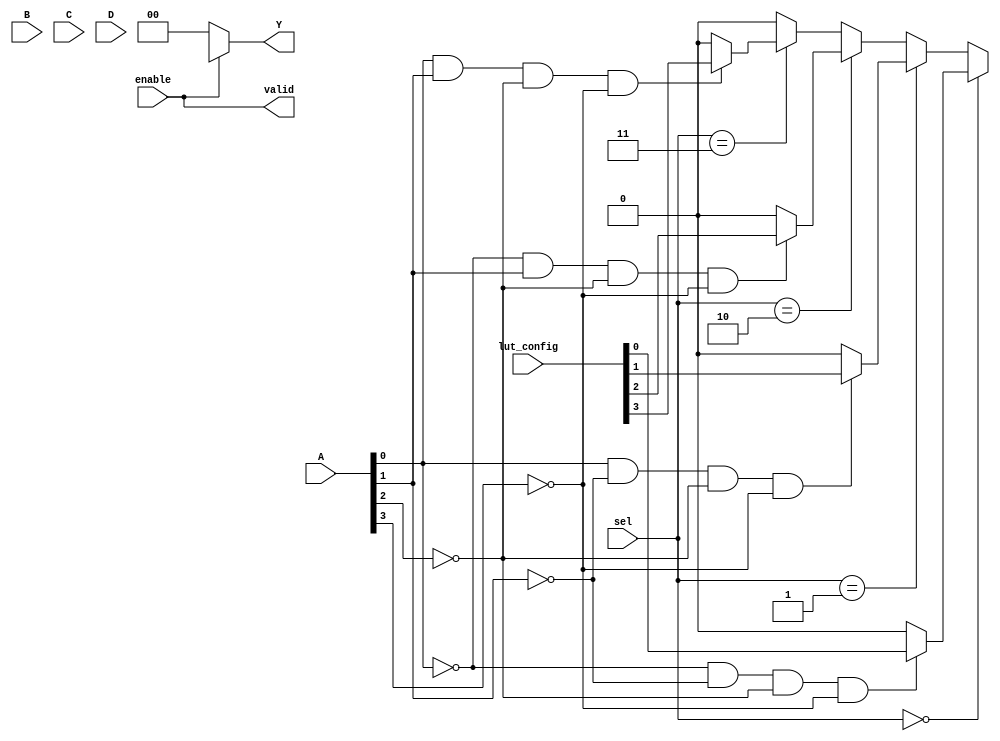
module CLB (
    input wire [3:0] A,      // 4-bit input signals
    input wire [3:0] B,      // 4-bit input signals
    input wire [3:0] C,      // 4-bit input signals
    input wire [3:0] D,      // 4-bit input signals
    input wire [1:0] sel,    // MUX select signal
    input wire enable,        // Enable signal for outputs
    input wire [15:0] lut_config, // LUT configuration (16-bit for 4-input LUT)
    output wire [1:0] Y,     // 2-bit output signals
    output wire valid         // Output valid signal
);

// Internal signals
wire [3:0] lut_out; // Output from LUT
wire mux_out;       // Output from MUX

// Look-Up Table (LUT) implementation
generate
    genvar i;
    for (i = 0; i < 16; i = i + 1) begin : lut
        assign lut_out[i] = (A[0] == (i[0])) && (A[1] == (i[1])) && (A[2] == (i[2])) && (A[3] == (i[3])) ? lut_config[i] : 0;
    end
endgenerate

// MUX implementation
assign mux_out = (sel == 2'b00) ? lut_out[0] :
                 (sel == 2'b01) ? lut_out[1] :
                 (sel == 2'b10) ? lut_out[2] :
                 (sel == 2'b11) ? lut_out[3] : 1'b0;

// Output logic with enable
assign Y = enable ? {mux_out, lut_out[4]} : 2'b00; // Example of combining MUX output and LUT output
assign valid = enable; // Output valid signal indicates if the output is enabled

endmodule